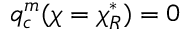
q _ { c } ^ { m } ( \chi = \chi _ { R } ^ { * } ) = 0